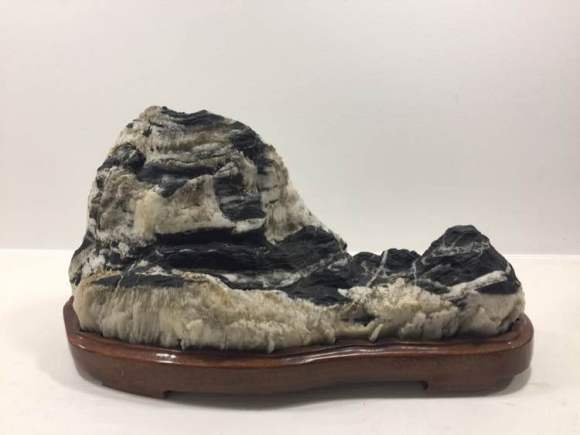
明月净松林，千峰同一色。